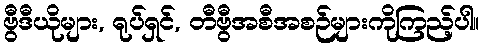
ဗွီဒီယိုများ, ရုပ်ရှင်, တီဗွီအစီအစဉ်များကိုကြည့်ပါ။